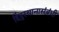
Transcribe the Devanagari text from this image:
हिंदुस्थानासंबंधी